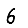
Digit: 6